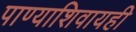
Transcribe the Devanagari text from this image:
पाण्याशिवायही